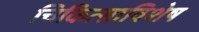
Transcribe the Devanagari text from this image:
चिकित्साविशेष